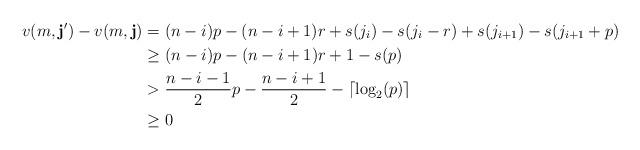
LaTeX: \begin{align*} v(m,\mathbf{j}') - v(m,\mathbf{j}) &= (n-i)p - (n-i+1)r + s(j_i) - s(j_i - r) + s(j_{i+1}) - s(j_{i+1} + p)\\ & \geq (n-i)p - (n-i+1)r + 1 -s(p)\\ & > \frac{n-i-1}{2}p - \frac{n-i+1}{2} - \lceil \log_2(p) \rceil \\ &\geq 0 \end{align*}